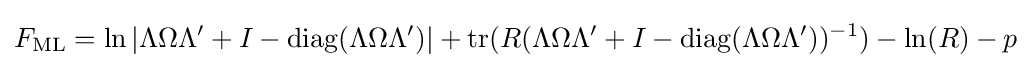
F_{\mathrm {ML} }=\ln |\Lambda \Omega \Lambda {'}+I-\operatorname {diag} (\Lambda \Omega \Lambda {'})|+\operatorname {tr} (R(\Lambda \Omega \Lambda {'}+I-\operatorname {diag} (\Lambda \Omega \Lambda {'}))^{-1})-\ln(R)-p